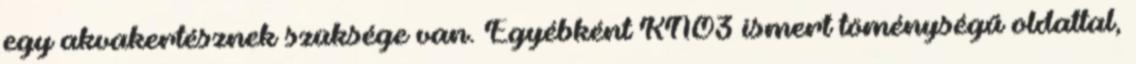
egy akvakertésznek szüksége van. Egyébként KNO3 ismert töménységű oldattal,